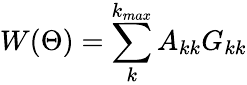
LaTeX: W(\Theta)=\sum_{k}^{k_{max}}A_{kk}G_{kk}